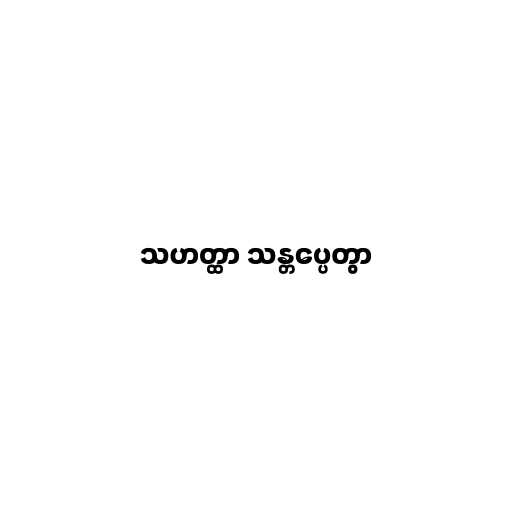
သဟတ္ထာ သန္တပ္ပေတွာ